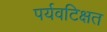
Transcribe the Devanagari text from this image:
पर्यवटिक्षत